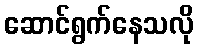
ဆောင်ရွက်နေသလို